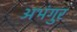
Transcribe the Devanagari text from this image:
अभंगुर